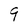
Character: q